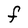
Character: F